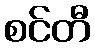
စင်တီ